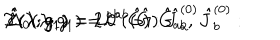
\hat { T } ( \lambda ; g _ { 1 } ) = L ^ { a b } ( \hat { G } ) : \hat { J } _ { a } ^ { ( 0 ) } \hat { J } _ { b } ^ { ( 0 ) } : \hspace { . 0 5 i n } , \hspace { . 3 i n } \hat { c } ( \lambda ; g _ { 1 } ) = 2 L ^ { a b } ( \hat { G } ) \hat { G } _ { a b } , \hspace { . 3 i n } \hat { \Delta } _ { 0 } ( \lambda ; g _ { 1 } ) = 0